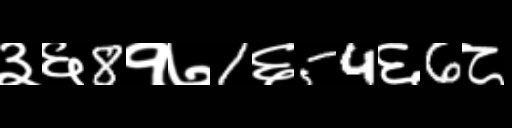
Text: ३६8१७1६54६6८